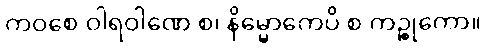
ကဝစေ ဝါရဝါဏေ စ၊ နိမ္မောကေပိ စ ကဉ္စုကော။